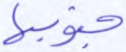
جنوبها